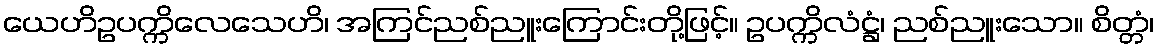
ယေဟိဥပက္ကိလေသေဟိ၊ အကြင်ညစ်ညူးကြောင်းတို့ဖြင့်။ ဥပက္ကိလံဋ္ဌံ၊ ညစ်ညူးသော။ စိတ္တံ၊